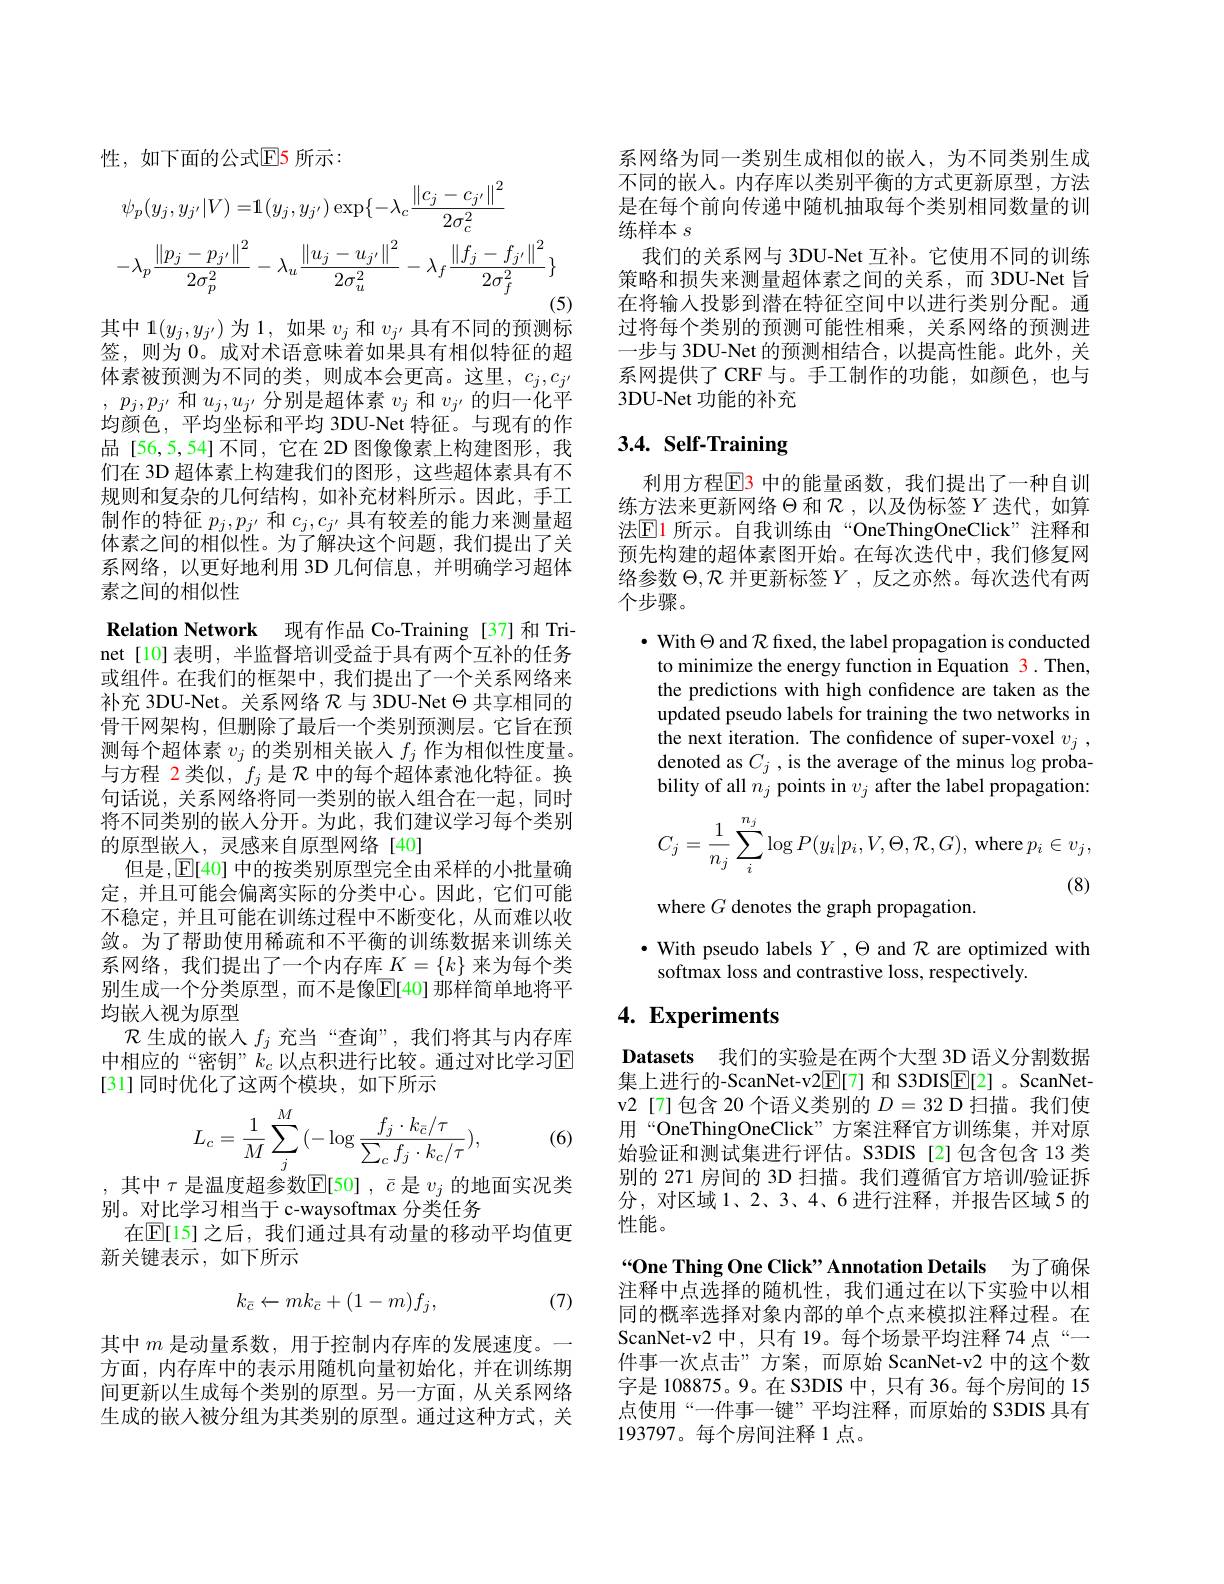
性，如下面的公式$\color{red}{\mathrm{E}}$5 所示：
$$\begin{aligned}&\psi_{p}(y_{j},y_{j^{\prime}}|V)=&\mathbf{1}(y_{j},y_{j^{\prime}})\exp\{-\lambda_{c}\frac{\left\|c_{j}-c_{j^{\prime}}\right\|^{2}}{2\sigma_{c}^{2}}\\&-\lambda_{p}\frac{\left\|p_{j}-p_{j^{\prime}}\right\|^{2}}{2\sigma_{p}^{2}}-\lambda_{u}\frac{\left\|u_{j}-u_{j^{\prime}}\right\|^{2}}{2\sigma_{u}^{2}}-\lambda_{f}\frac{\left\|f_{j}-f_{j^{\prime}}\right\|^{2}}{2\sigma_{f}^{2}}\}\end{aligned}$$
其中 1$(y_j,y_{j^{\prime}})$为 1, 如果$v_j$和$v_j^{\prime}$具有不同的预测标

签，则为0。成对术语意味着如果具有相似特征的超体素被预测为不同的类，则成本会更高。这里，$c_j,c_{j^{\prime}}$ , $p_j, p_{j^{\prime }}$和$u_j,u_{j^{\prime}}$分别是超体素$v_j$和$v_j$的归一化平均颜色，平均坐标和平均 3DU-Net 特征。与现有的作品[56,5,54]不同，它在 2D 图像像素上构建图形，我们在 3D 超体素上构建我们的图形，这些超体素具有不规则和复杂的几何结构，如补充材料所示。因此，手工制作的特征$p_j,p_{j^{\prime}}$和$c_j,c_j^{\prime}$具有较差的能力来测量超体素之间的相似性。为了解决这个问题，我们提出了关系网络，以更好地利用 3D 几何信息，并明确学习超体素之间的相似性
Relation Network 现有作品 Co-Training [37]和 Trinet[10]表明，半监督培训受益于具有两个互补的任务或组件。在我们的框架中，我们提出了一个关系网络来补充 3DU-Net。关系网络$\mathcal{R}$与 3DU-Net $\Theta$共享相同的骨干网架构，但删除了最后一个类别预测层。它旨在预测每个超体素$v_j$的类别相关嵌人$f_j$作为相似性度量。与方程 2类似，$f_j$是$\mathcal{R}$中的每个超体素池化特征。换句话说，关系网络将同一类别的嵌入组合在一起，同时将不同类别的嵌人分开。为此，我们建议学习每个类别的原型嵌入，灵感来自原型网络[40]
但是，E[40] 中的按类别原型完全由采样的小批量确定，并且可能会偏离实际的分类中心。因此，它们可能不稳定，并且可能在训练过程中不断变化，从而难以收敛。为了帮助使用稀疏和不平衡的训练数据来训练关系网络，我们提出了一个内存库$K=\{k\}$来为每个类别生成一个分类原型，而不是像$\overline{\mathrm{E}}[40]$那样简单地将平均嵌人视为原型
$\mathcal{R}$生成的嵌入$f_j$ 充当“查询”,我们将其与内存库中相应的“密钥”$k_c$ 以点积进行比较。通过对比学习$\mathbb{E}$ [31]同时优化了这两个模块，如下所示
$$L_{c}=\frac{1}{M}\sum_{j}^{M}(-\log\frac{f_{j}\cdot k_{\bar{c}}/\tau}{\sum_{c}f_{j}\cdot k_{c}/\tau}),$$
(6)

,其中$\tau$是温度超参数$\mathbb{E}[50],\bar{c}$是$v_j$的地面实况类
别。对比学习相当于 c-waysoftmax 分类任务
在$\mathbb{E}[$15]之后，我们通过具有动量的移动平均值更
新关键表示，如下所示
$$k_{\bar{c}}\leftarrow mk_{\bar{c}}+(1-m)f_{j},$$
(7)

其中$m$是动量系数，用于控制内存库的发展速度。一方面，内存库中的表示用随机向量初始化，并在训练期间更新以生成每个类别的原型。另一方面，从关系网络生成的嵌入被分组为其类别的原型。通过这种方式，关

系网络为同一类别生成相似的嵌人，为不同类别生成不同的嵌入。内存库以类别平衡的方式更新原型，方法是在每个前向传递中随机抽取每个类别相同数量的训练样本$s$
我们的关系网与 3DU-Net 互补。它使用不同的训练策略和损失来测量超体素之间的关系，而 3DU-Net 旨在将输入投影到潜在特征空间中以进行类别分配。通过将每个类别的预测可能性相乘，关系网络的预测进一步与 3DU-Net 的预测相结合，以提高性能。此外，关系网提供了CRF与。手工制作的功能，如颜色，也与3DU-Net 功能的补充

# 3.4. Self-Training

利用方程$\boxed{\mathrm{F}}$3 中的能量函数，我们提出了一种自训练方法来更新网络$\Theta$和$\mathcal{R}$ ,以及伪标签$Y$迭代，如算法$\mathbb{E}$1 所示。自我训练由“OneThingOneClick”注释和预先构建的超体素图开始。在每次迭代中，我们修复网络参数$\Theta,\mathcal{R}$并更新标签$Y$,反之亦然。每次迭代有两个步骤。

$\cdot$ With $\Theta$ and $\mathcal{R}$ fixed, the label propagation is conducted to minimize the energy function in Equation 3. Then, the predictions with high confidence are taken as the updated pseudo labels for training the two networks in the next iteration. The confidence of super-voxel $v_j$ , denoted as $C_j$ , is the average of the minus $\log$probability of all $n_j$ points in $v_j$ after the label propagation:
$$C_{j}=\dfrac{1}{n_{j}}\sum_{i}^{n_{j}}\log P(y_{i}|p_{i},V,\Theta,\mathcal{R},G),\:\text{where}\:p_{i}\in v_{j},$$
where $G$ denotes the graph propagation.

$\bullet$ With pseudo labels $Y$ , $\Theta$ and $\mathcal{R}$ are optimized with
softmax loss and contrastive loss, respectively.

# 4. Experiments

Datasets 我们的实验是在两个大型 3D 语义分割数据集上进行的-ScanNet-v2$\underline{\mathrm{E}}[7]$和 S3DIS$\underline{\mathrm{E}}[2]$ 。ScanNetv2[7]包含 20 个语义类别的$D=32$ D 扫描。我们使用“OneThingOneClick”方案注释官方训练集，并对原始验证和测试集进行评估。S3DIS[2]包含包含 13 类别的 271 房间的 3D 扫描。我们遵循官方培训/验证拆分，对区域1、2、3、4、6进行注释，并报告区域 5 的性能。

“One Thing One Click" Annotation Details 为了确保注释中点选择的随机性，我们通过在以下实验中以相同的概率选择对象内部的单个点来模拟注释过程。在ScanNet-v2 中，只有 19。每个场景平均注释 74 点“一件事一次点击”方案，而原始 ScanNet-v2 中的这个数字是 108875。9。在 S3DIS 中，只有 36。每个房间的 15点使用“一件事一键”平均注释，而原始的 S3DIS 具有193797。每个房间注释 1点。